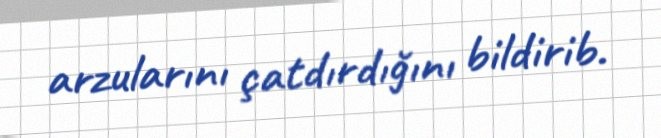
arzularını çatdırdığını bildirib.